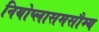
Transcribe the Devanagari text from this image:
नियोप्लासमसौम्य